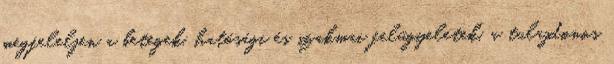
megfeleljen a betegek, hatósági és szakmai felügyeletek. a tulajdonos